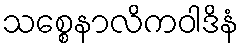
သစ္စေနာလိကဝါဒိနံ